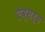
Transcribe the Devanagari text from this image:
ऐब्सर्ड